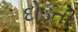
દોડતી